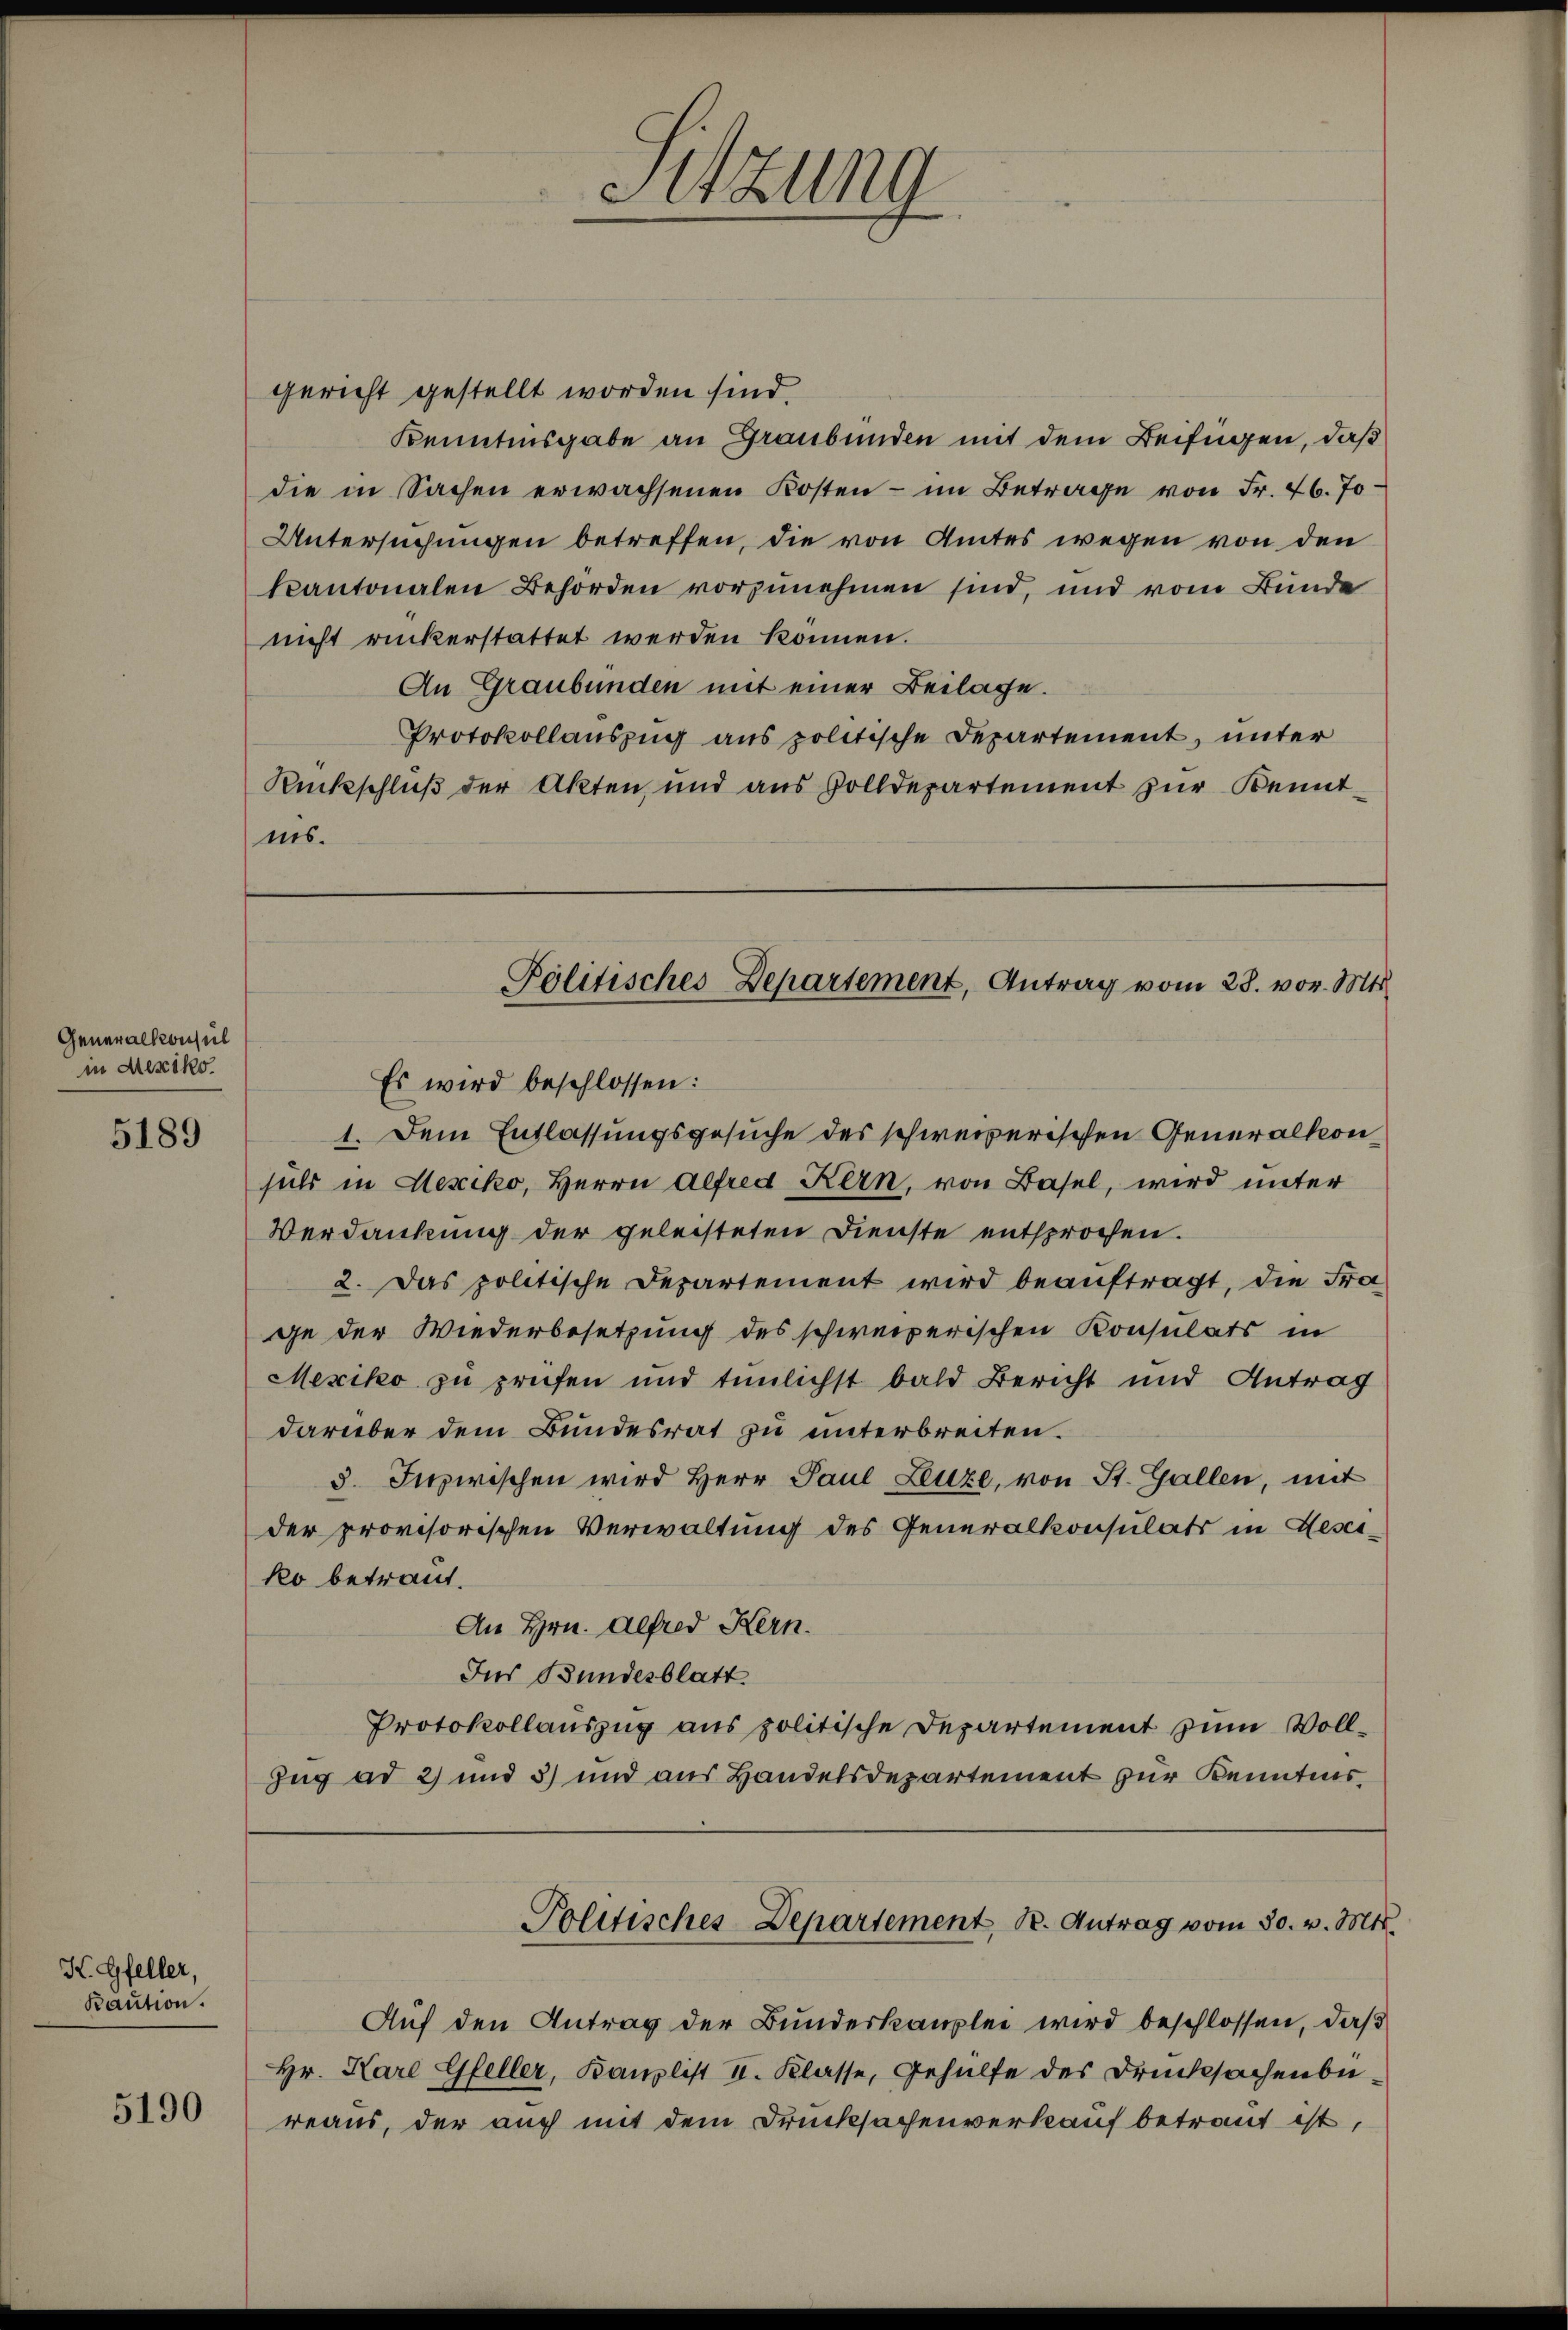
Generalkonsul
in Mexiko

5189

K. Gfeller,
Kaution.

5190

gericht gestellt worden sind.
Kenntnisgabe an Graubünden mit dem Beifügen, daß
die in Sachen erwachsenen Kosten - im Betrage von Fr. 26. Jo
Untersuchungen betreffen, die von Amtes wegen von den
kantonalen Behörden vorzunehmen sind, und vom Bunde
nicht rückerstattet werden können.
An Graubünden mit einer Beilage.
Protokollauszug aus politische Departement, unter
Rückschluß der Akten, und aus Volldepartement zur Kenntnis.

suls in Lexiko, Herrn Alfred Kern, von Basel, wird unter
Verdankung der geleisteten Dienste entsprochen.
2. Das politische Departement wird beauftragt, die Frage der Wiederbesetzung des schweizerischen Konsulats in
Mexiko zu prüfen und tunlichst bald Bericht und Antrag
darüber dem Bundesrat zu unterbreiten.
3. Inzwischen wird Herr Paul Leuze, von St. Gallen, mit
der provisorischen Verwaltung des Generalkonsulats in Gesetko betraut.
An Hrn. Alfred Kern.
Ins Bundesblatt
Protokollauszug aus politische Departement zum Voll¬
Zug ad 2) und 3) und aus Handelsdepartement zur Kenntnis

Sitzung

Politisches Departement, Antrag vom 28. vor. Mts.
Es wird beschlossen:
1. Dem Entlassungsgesuche des schweizerischen Generalkon

Politisches-Departement, K. Antrag vom 30. v. Mts.

Auf den Antrag der Bundeskanzlei wird beschlossen, daß
Hr. Kare Gfeller, Bauplist II. Klasse, Gehülfe des Drucksachenbureaus, der auch mit dem Drucksachenverkauf betraut ist,